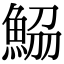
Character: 𩷂